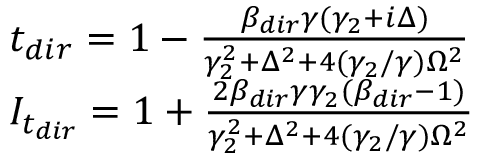
\begin{array} { r l } & { t _ { d i r } = 1 - \frac { \beta _ { d i r } \gamma ( \gamma _ { 2 } + i \Delta ) } { \gamma _ { 2 } ^ { 2 } + \Delta ^ { 2 } + 4 ( \gamma _ { 2 } / \gamma ) \Omega ^ { 2 } } } \\ & { I _ { t _ { d i r } } = 1 + \frac { 2 \beta _ { d i r } \gamma \gamma _ { 2 } ( \beta _ { d i r } - 1 ) } { \gamma _ { 2 } ^ { 2 } + \Delta ^ { 2 } + 4 ( \gamma _ { 2 } / \gamma ) \Omega ^ { 2 } } } \end{array}